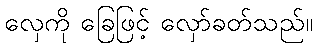
လှေကို ခြေဖြင့် လှော်ခတ်သည်။